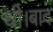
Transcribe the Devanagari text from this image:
थी।बाद